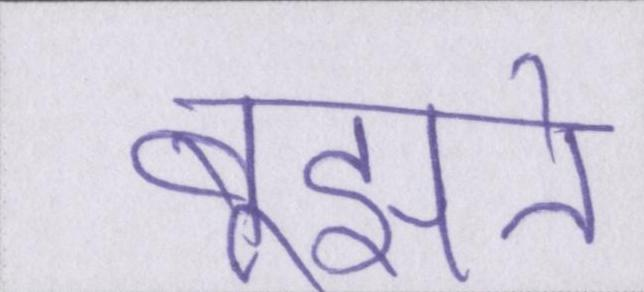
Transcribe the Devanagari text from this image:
बूझते